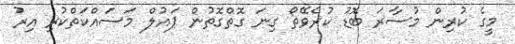
މީގެ ކުރިން މުސާރަ ބޮޑު ކުރެވޭތޯ ގިނަ ގޮތްގޮތުން ޕައުލް މަސައްކަތްކުރި އިރު